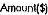
AMOUNT($)